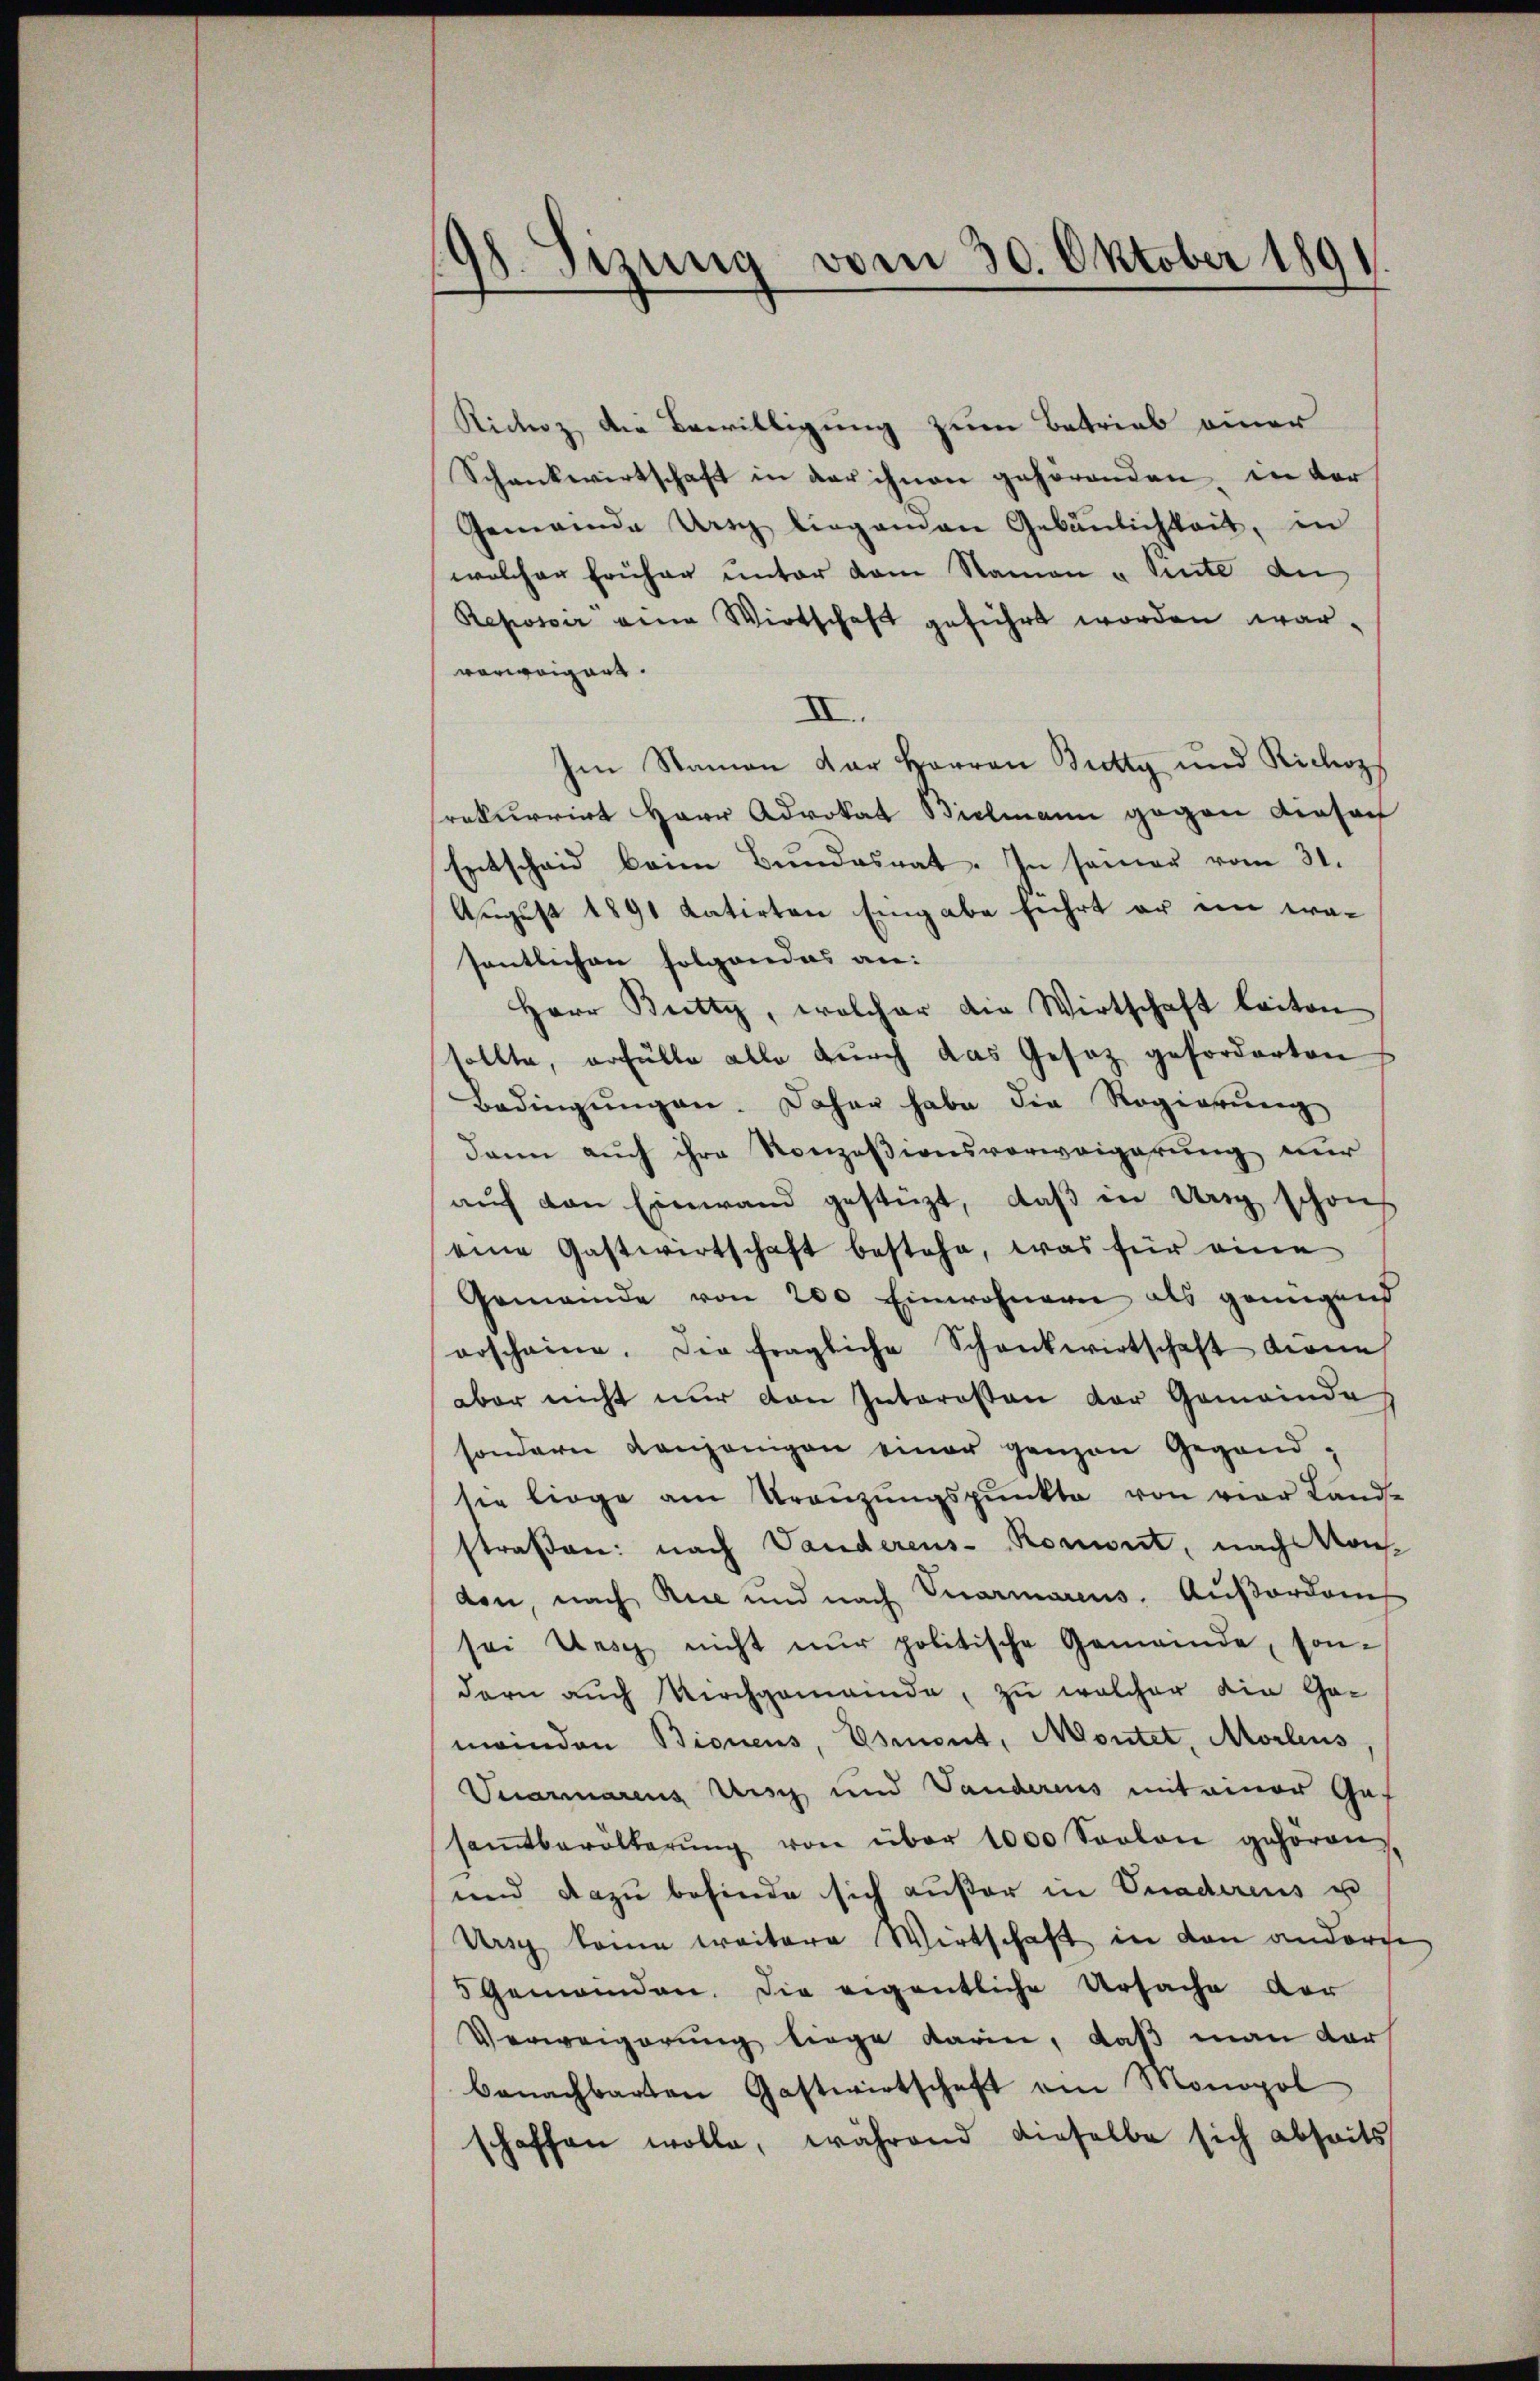
198. Sizung vom 30. Oktober 1891

Richoz, die Bewilligung zum Betrieb einer
Schankwirtschaft in der ihnen gehörenden, in der
Gemeinde Uri liegenen Gebäŭlichkeit, in
welcher früher unter dem Namen „Sinte de
Reposer eine Wirtschaft geführt worden war.
vorweigers.
II.
Im Namen der Herren Bretty und Richoz
srekurrirt Herr Advokat Bielmann gegen dieser
Entscheid beim Bundesrat. In seiner vom 31.
August 1891 datirten Eingabe führt er ein erasentlichen folgendes an:
Herr Bretty, welcher die Wirtschaft leiten
sollte, erfülle alle durch das Gesetz geforderten
Bedingŭngen. Daher habe die Regierung
dann auch ihre Konzesionsverweigerung nur
auf den Einwand gestüzt, daß in Ursy schon
eine Gastwirtschaft bestehe, was für eine
Gemeinde von 200 Einwohnern als genügend
orscheine. Die fragliche Schankwirtschaft diene
aber nicht nur den Interosen der Gemeinde
sondern denjenigen einer ganzen Gegendsie liege am Kränzŭngspunkte von vier Land-
straßen: nach Vanderens- Roment, nach Kon-
den, nach Rue und nach Vuarmarius. Aŭβordam
sei Unsch nicht nur politische Gemeinde, son-
dern auch Kirchgemeinde, zu welcher die Gemeinden Bienens, Osmont, Montet, Morleus
Suarmarius Ansch und Vanderens mit einer Gef
samtberölkerŭng von über 1000 Soolone gehören,
und dazu befinde sich außer in Onadirens u
Ursch keine weitere Wirtschaft in den anderse
5 Gemeinden. Die eigentliche Ursache vor
Verweigerung liege darin, daß man dar
benachbarten Gastwirtschaft am Monopol
schaffen wolle, während dieselbe sich abseits